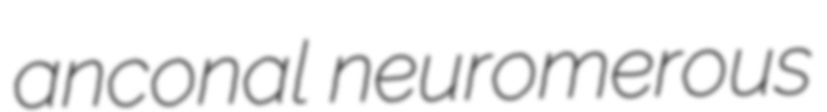
anconal neuromerous